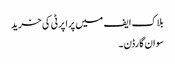
بلاک ایف میں پراپرٹی کی خرید
سوان گارڈن ۔